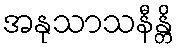
အနုသာသနီန္တိ